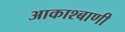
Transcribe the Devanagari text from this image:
आकाश्बाणी